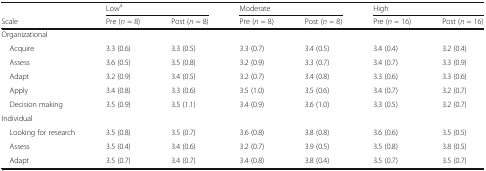
<table><thead><tr><td></td><td colspan="2"><b>Low<sup>a</sup></b></td><td colspan="2"><b>Moderate</b></td><td colspan="2"><b>High</b></td></tr><tr><td><b>Scale</b></td><td><b>Pre (<i>n</i> = 8)</b></td><td><b>Post (<i>n</i> = 8)</b></td><td><b>Pre (<i>n</i> = 8)</b></td><td><b>Post (<i>n</i> = 8)</b></td><td><b>Pre (<i>n</i> = 16)</b></td><td><b>Post (<i>n</i> = 16)</b></td></tr></thead><tbody><tr><td>Organizational</td><td></td><td></td><td></td><td></td><td></td><td></td></tr><tr><td> Acquire</td><td>3.3 (0.6)</td><td>3.3 (0.5)</td><td>3.3 (0.7)</td><td>3.4 (0.5)</td><td>3.4 (0.4)</td><td>3.2 (0.4)</td></tr><tr><td> Assess</td><td>3.6 (0.5)</td><td>3.5 (0.8)</td><td>3.2 (0.9)</td><td>3.3 (0.7)</td><td>3.4 (0.7)</td><td>3.3 (0.9)</td></tr><tr><td> Adapt</td><td>3.2 (0.9)</td><td>3.4 (0.5)</td><td>3.2 (0.7)</td><td>3.4 (0.8)</td><td>3.3 (0.6)</td><td>3.3 (0.6)</td></tr><tr><td> Apply</td><td>3.4 (0.8)</td><td>3.3 (0.6)</td><td>3.5 (1.0)</td><td>3.5 (0.6)</td><td>3.4 (0.7)</td><td>3.2 (0.7)</td></tr><tr><td> Decision making</td><td>3.5 (0.9)</td><td>3.5 (1.1)</td><td>3.4 (0.9)</td><td>3.6 (1.0)</td><td>3.3 (0.5)</td><td>3.2 (0.7)</td></tr><tr><td>Individual</td><td></td><td></td><td></td><td></td><td></td><td></td></tr><tr><td> Looking for research</td><td>3.5 (0.8)</td><td>3.5 (0.7)</td><td>3.6 (0.8)</td><td>3.8 (0.8)</td><td>3.6 (0.6)</td><td>3.5 (0.5)</td></tr><tr><td> Assess</td><td>3.5 (0.4)</td><td>3.4 (0.6)</td><td>3.2 (0.7)</td><td>3.9 (0.5)</td><td>3.5 (0.8)</td><td>3.8 (0.5)</td></tr><tr><td> Adapt</td><td>3.5 (0.7)</td><td>3.4 (0.7)</td><td>3.4 (0.8)</td><td>3.8 (0.4)</td><td>3.5 (0.7)</td><td>3.5 (0.7)</td></tr></tbody></table>